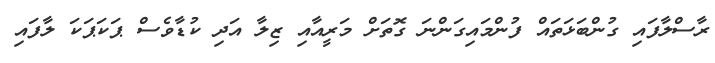
ރާސްލާފައި ގުންބަޅަތައް ފުންމައިގަންނަ ގޮތަށް މަރީއާއި ޒިލާ އަދި ކުޑާވެސް ޕަކަޕަކަ ލާފައި